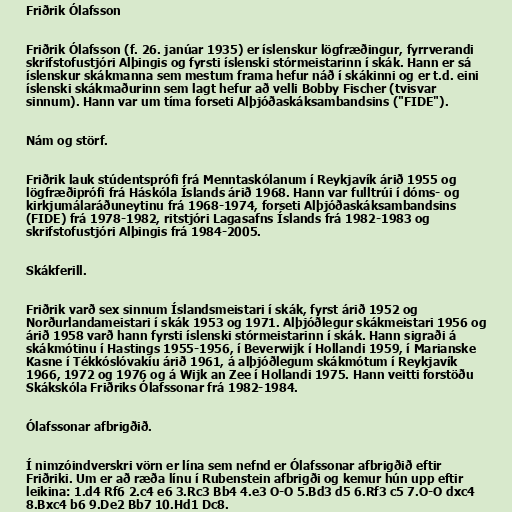
Friðrik Ólafsson

Friðrik Ólafsson (f. 26. janúar 1935) er íslenskur lögfræðingur, fyrrverandi
skrifstofustjóri Alþingis og fyrsti íslenski stórmeistarinn í skák. Hann er sá
íslenskur skákmanna sem mestum frama hefur náð í skákinni og er t.d. eini
íslenski skákmaðurinn sem lagt hefur að velli Bobby Fischer (tvisvar
sinnum). Hann var um tíma forseti Alþjóðaskáksambandsins ("FIDE").

Nám og störf.

Friðrik lauk stúdentsprófi frá Menntaskólanum í Reykjavík árið 1955 og
lögfræðiprófi frá Háskóla Íslands árið 1968. Hann var fulltrúi í dóms- og
kirkjumálaráðuneytinu frá 1968-1974, forseti Alþjóðaskáksambandsins
(FIDE) frá 1978-1982, ritstjóri Lagasafns Íslands frá 1982-1983 og
skrifstofustjóri Alþingis frá 1984-2005.

Skákferill.

Friðrik varð sex sinnum Íslandsmeistari í skák, fyrst árið 1952 og
Norðurlandameistari í skák 1953 og 1971. Alþjóðlegur skákmeistari 1956 og
árið 1958 varð hann fyrsti íslenski stórmeistarinn í skák. Hann sigraði á
skákmótinu í Hastings 1955-1956, í Beverwijk í Hollandi 1959, í Marianske
Kasne í Tékkóslóvakíu árið 1961, á alþjóðlegum skákmótum í Reykjavík
1966, 1972 og 1976 og á Wijk an Zee í Hollandi 1975. Hann veitti forstöðu
Skákskóla Friðriks Ólafssonar frá 1982-1984.

Ólafssonar afbrigðið.

Í nimzóindverskri vörn er lína sem nefnd er Ólafssonar afbrigðið eftir
Friðriki. Um er að ræða línu í Rubenstein afbrigði og kemur hún upp eftir
leikina: 1.d4 Rf6 2.c4 e6 3.Rc3 Bb4 4.e3 O-O 5.Bd3 d5 6.Rf3 c5 7.O-O dxc4
8.Bxc4 b6 9.De2 Bb7 10.Hd1 Dc8.